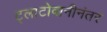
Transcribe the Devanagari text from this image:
ट्लाटोवानीनंतर